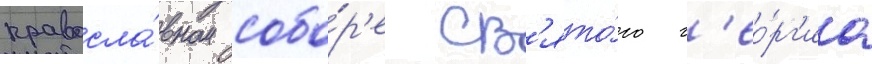
правосла́вном собо́р'е св'ято́го г'ео́рг'иа